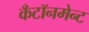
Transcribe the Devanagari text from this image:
कँटॉनमेन्ट